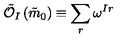
\tilde { \mathcal { O } } _ { I } \left( \tilde { m } _ { 0 } \right) \equiv \sum _ { r } \omega ^ { I r }